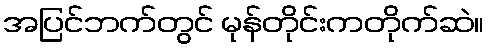
အပြင်ဘက်တွင် မုန်တိုင်းကတိုက်ဆဲ။